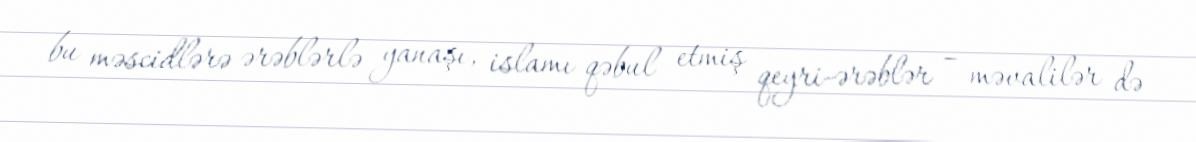
bu məscidlərə ərəblərlə yanaşı, islamı qəbul etmiş qeyri-ərəblər – məvalilər də